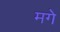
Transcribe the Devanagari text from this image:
मगे